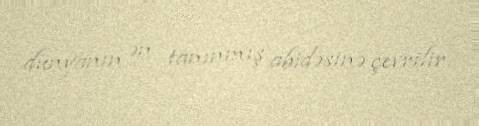
dünyanın ən tanınmış abidəsinə çevrilir.